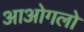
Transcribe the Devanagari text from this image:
आओगलो